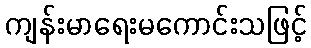
ကျန်းမာရေးမကောင်းသဖြင့်